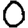
Digit: 0